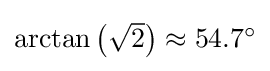
{\textstyle \arctan \left({\sqrt {2}}\right)\approx 54.7^{\circ }}